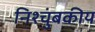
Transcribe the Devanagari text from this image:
निश्चुंबकीय